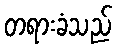
တရားခံသည်